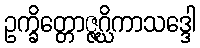
ဥက္ခိတ္တောဇ္ဇဂ္ဃိကာသဒ္ဒေါ